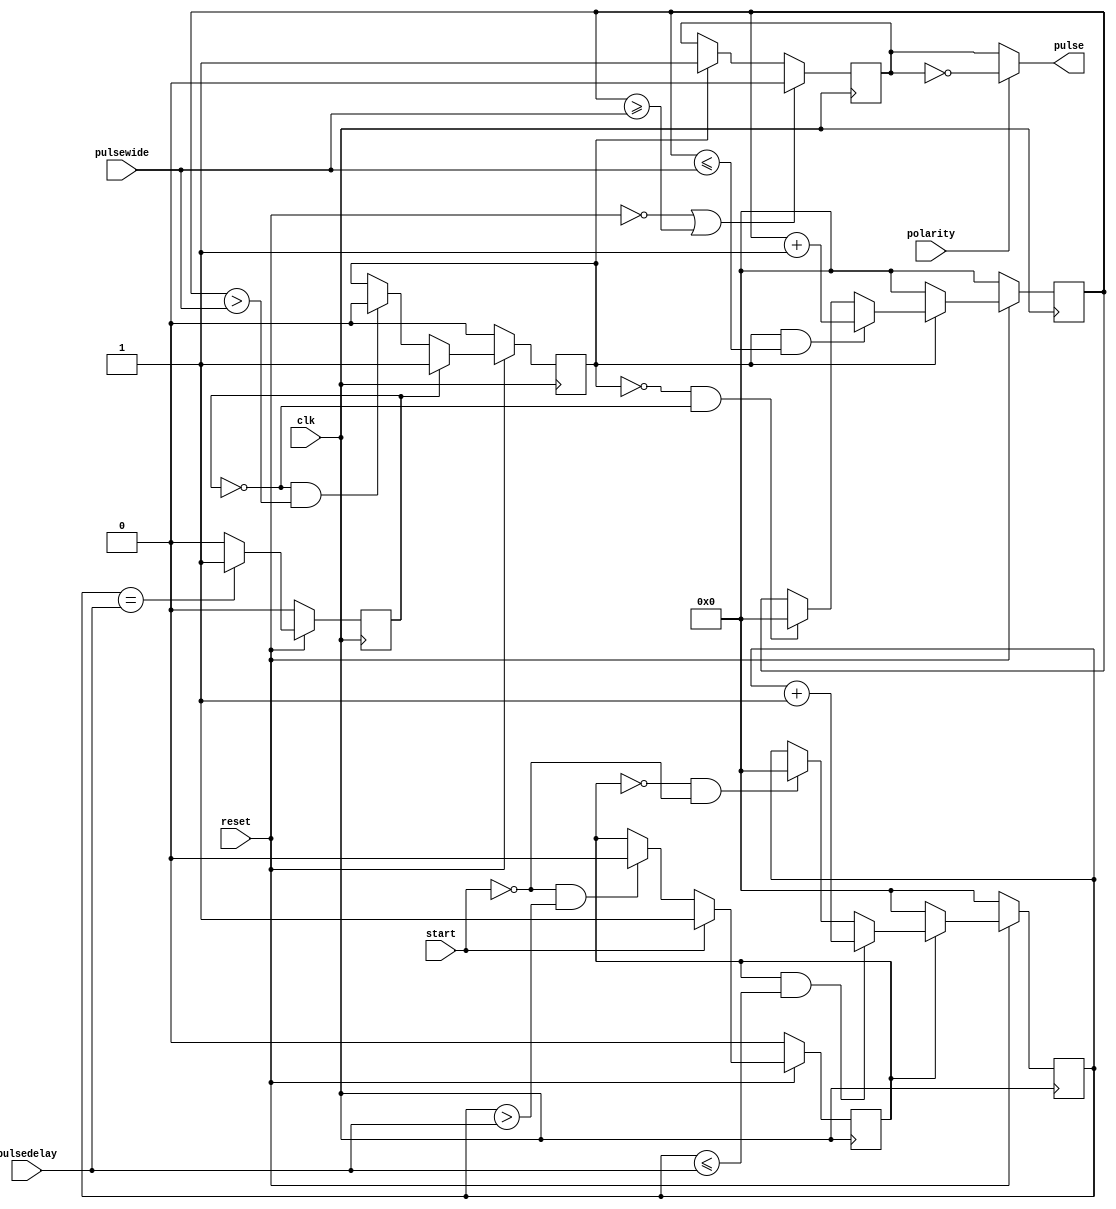
/***************************************************************************************
256
 = pulsewide + 1 ;



1
2
3
4 
+++++++++++++++++++++++++++++++++++++++++++++++++++++++++++++++++++++++++++++++++++++++
***************************************************************************************/


module programable_pulse ( clk, reset, polarity, start, pulsedelay, pulsewide, pulse );

   input clk, reset, start, polarity;
   input [31:0] pulsedelay;  //
   input [31:0] pulsewide;   //   
   output pulse;            //
 
   reg pulse, w_pulse;
   reg pulsedelay_count_en;  //
	reg pulsewide_start;
   reg pulsewide_count_en;   //
   reg [31:0] pulsedelay_count; //
   reg [31:0] pulsewide_count;  //

   
/***************************************************************************************
                                       
***************************************************************************************/
//
always @ ( posedge clk )
   begin
     if ( reset == 'b0 )
        pulsedelay_count_en <= 'b0;
     else
        begin
          if ( start == 'b1 )
             pulsedelay_count_en <= 'b1;
          else if ( start == 'b0 && pulsedelay_count > pulsedelay )
             pulsedelay_count_en <= 'b0;
        end
   end

// pulsedelay    
always @ ( posedge clk )
   begin
     if ( reset == 'b0 )
        pulsedelay_count <= 'h00000000;
     else
        begin
          if ( pulsedelay_count_en == 'b0 )
             pulsedelay_count <= 'h00000000;
          else if ( pulsedelay_count_en == 'b1 && pulsedelay_count <= pulsedelay )
             pulsedelay_count <= pulsedelay_count + 1;
          else if ( pulsedelay_count_en == 'b0 && start == 'b0 )
             pulsedelay_count <= 'h00000000;
        end
     end

//pulsewide_start
always @ ( posedge clk )
   begin
     if ( reset == 'b0 )
         pulsewide_start <= 'b0;
     else if ( pulsedelay_count == pulsedelay )
         pulsewide_start <= 'b1;
	 else
	     pulsewide_start <= 'b0;
   end
	 

	 
/***************************************************************************************
                                       
***************************************************************************************/	 
//
always @ ( posedge clk )
   begin
     if ( reset == 'b0 )
        pulsewide_count_en <= 'b0;
     else
        begin
          if ( pulsewide_start == 'b1 )
             pulsewide_count_en <= 'b1;
          else if ( pulsewide_start == 'b0 && pulsewide_count > pulsewide )
             pulsewide_count_en <= 'b0;
        end
   end
 
// pulsewide 
always @ ( posedge clk )
   begin
     if ( reset == 'b0 )
        pulsewide_count <= 'h00000000;
     else
        begin
          if ( pulsewide_count_en == 'b0 )
             pulsewide_count <= 'h00000000;
          else if ( pulsewide_count_en == 'b1 && pulsewide_count <= pulsewide )
             pulsewide_count <= pulsewide_count + 1;
          else if ( pulsewide_count_en == 'b0 && pulsewide_start == 'b0 )
             pulsewide_count <= 'h00000000;
        end
     end
 
//
always @ ( posedge clk )
   begin
     if ( reset == 'b0 || pulsewide_count >= pulsewide )
        w_pulse <= 'b0;
     else if ( pulsewide_count_en == 'b1 )
        w_pulse <= 'b1;
   end

/***************************************************************************************
                                       
***************************************************************************************/
always @ *
   begin
	   if (polarity == 1'b1)
		   pulse = !w_pulse;
		else
		   pulse = w_pulse;
		end


endmodule